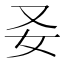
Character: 𡚩